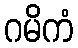
ဂမိကံ